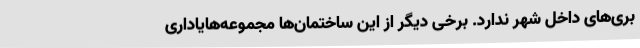
بری‌های داخل شهر ندارد. برخی دیگر از این ساختمان‌ها مجموعه‌هایاداری